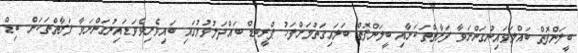
ބީލަންފޮތް ބައްލަވައިނުގަންނަވާ ފަރާތްތަކަށާއި ބީލަންފޮތް ބަލައިގަތުމަށްފަހު ޕްރީބިޑް ބައްދަލުވުމުގައި ބައިވެރިވެވަޑައިނުގަންނަވާ ފަރާތްތަކަށް ބިޑް